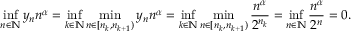
\operatorname* { i n f } _ { n \in { \mathbb { N } } } y _ { n } n ^ { \alpha } = \operatorname* { i n f } _ { k \in { \mathbb { N } } } \operatorname* { m i n } _ { n \in [ n _ { k } , n _ { k + 1 } ) } y _ { n } n ^ { \alpha } = \operatorname* { i n f } _ { k \in { \mathbb { N } } } \operatorname* { m i n } _ { n \in [ n _ { k } , n _ { k + 1 } ) } \frac { n ^ { \alpha } } { 2 ^ { n _ { k } } } = \operatorname* { i n f } _ { n \in { \mathbb { N } } } \frac { n ^ { \alpha } } { 2 ^ { n } } = 0 .